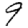
Digit: 9